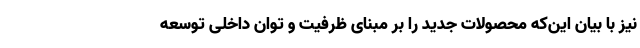
نیز با بیان این‌که محصولات جدید را بر مبنای ظرفیت و توان داخلی توسعه